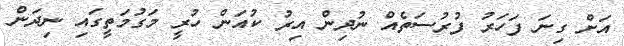
އަށް ގިނަ ފަހަރު ފުރުސަތެއް ނުދިން އިރު ކުއަން ހުރީ މަގުމަތީގައި ނިދަން